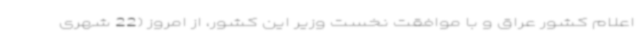
اعلام کشور عراق و با موافقت نخست وزیر این کشور، از امروز (22 شهری